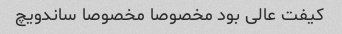
کیفت عالی بود مخصوصا مخصوصا ساندویچ